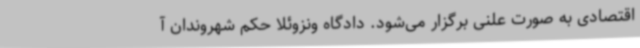
اقتصادی به صورت علنی برگزار می‌شود. دادگاه ونزوئلا حکم شهروندان آ